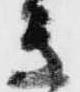
き